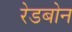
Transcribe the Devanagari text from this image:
रेडबोन